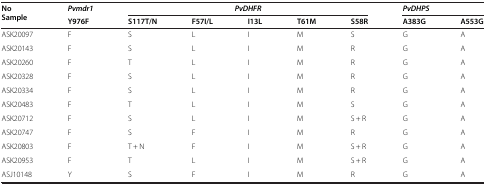
| <ROWSPAN=2> No Sample | Pvmdr1 | <COLSPAN=5> PvDHFR | <COLSPAN=2> PvDHPS |
 | Y976F | S117T/N | F57I/L | I13L | T61M | S58R | A383G | A553G |
 | --- | --- | --- | --- | --- | --- | --- | --- | --- |
 | ASK20097 | F | S | L | I | M | S | G | A |
 | ASK20143 | F | S | L | I | M | R | G | A |
 | ASK20260 | F | T | L | I | M | R | G | A |
 | ASK20328 | F | S | L | I | M | R | G | A |
 | ASK20334 | F | S | L | I | M | R | G | A |
 | ASK20483 | F | T | L | I | M | S | G | A |
 | ASK20712 | F | S | L | I | M | S + R | G | A |
 | ASK20747 | F | S | F | I | M | R | G | A |
 | ASK20803 | F | T + N | F | I | M | S + R | G | A |
 | ASK20953 | F | T | L | I | M | S + R | G | A |
 | ASJ10148 | Y | S | F | I | M | R | G | A |